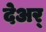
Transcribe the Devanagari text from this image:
देअर्